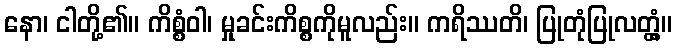
နော၊ ငါတို့၏။ ကိစ္စံဝါ၊ မှုခင်းကိစ္စကိုမူလည်း။ ကရိဿတိ၊ ပြုတုံပြုလတ္တံ့။